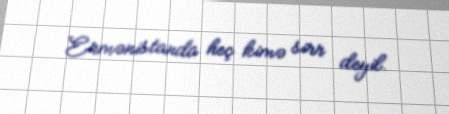
Ermənistanda heç kimə sirr deyil.